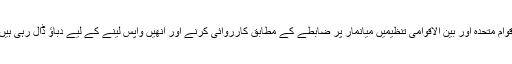
اقوام متحدہ اور بین الاقوامی تنظیمیں میانمار پر ضابطے کے مطابق کارروائی کرنے اور انھیں واپس لینے کے لیے دباؤ ڈال رہی ہیں۔